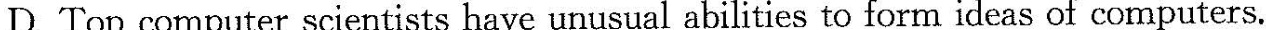
D.Top computer scientists have unusual abilities to form ideas of computers.